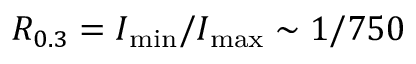
R _ { 0 . 3 } = I _ { \mathrm { m i n } } / I _ { \mathrm { m a x } } \sim 1 / 7 5 0